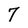
Character: 7